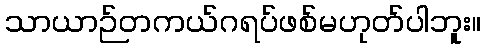
သာယာဉ်တကယ်ဂရပ်ဖစ်မဟုတ်ပါဘူး။